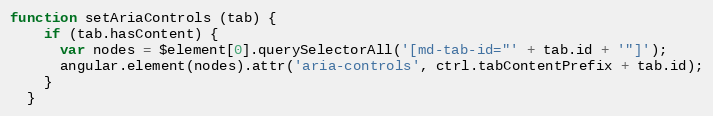
Language: JavaScript
function setAriaControls (tab) {
    if (tab.hasContent) {
      var nodes = $element[0].querySelectorAll('[md-tab-id="' + tab.id + '"]');
      angular.element(nodes).attr('aria-controls', ctrl.tabContentPrefix + tab.id);
    }
  }